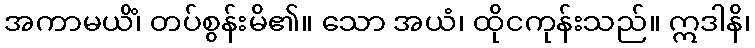
အကာမယိံ၊ တပ်စွန်းမိ၏။ သော အယံ၊ ထိုငကုန်းသည်။ ဣဒါနိ၊